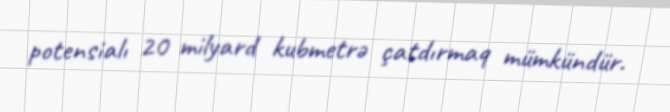
potensialı 20 milyard kubmetrə çatdırmaq mümkündür.